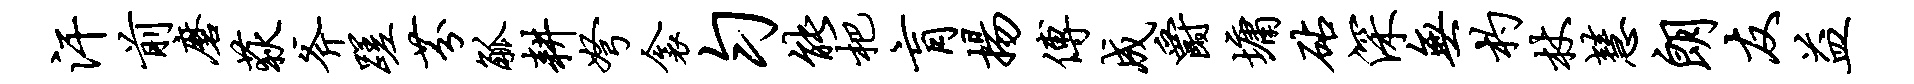
汗前磨荻斧蹉芬觚耕弩衾匀能杷肓扬傅成爵墉砧深无杓杖慧朗友益